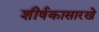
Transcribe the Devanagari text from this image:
शीर्षकासारखे